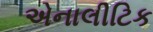
એનાલીટિક